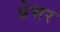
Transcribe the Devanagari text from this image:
प्रेभर